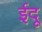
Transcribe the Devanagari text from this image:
ईदू